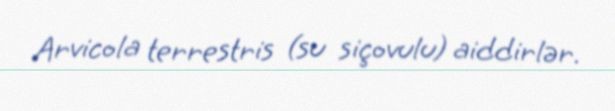
Arvicola terrestris (su siçovulu) aiddirlər.